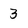
Character: 3